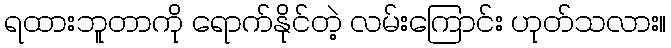
ရထားဘူတာကို ရောက်နိုင်တဲ့ လမ်းကြောင်း ဟုတ်သလား။